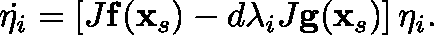
\dot { \mathbf { \eta } _ { i } } = \left[ J \mathbf { f } ( \mathbf { x } _ { s } ) - d \lambda _ { i } J \mathbf { g } ( \mathbf { x } _ { s } ) \right] \mathbf { \eta } _ { i } .